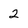
Character: 2